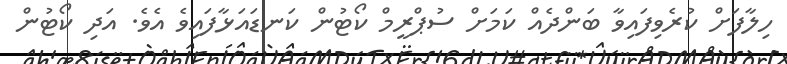
ހިލާފަށް ކުރެވިފައިވާ ބަންދެއް ކަމަށް ސުޕްރީމް ކޯޓުން ކަނޑައަޅާފައިވެ އެވެ. އަދި ކޯޓުން